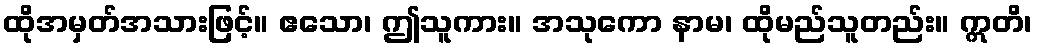
ထိုအမှတ်အသားဖြင့်။ ဧသော၊ ဤသူကား။ အသုကော နာမ၊ ထိုမည်သူတည်း။ ဣတိ၊